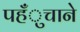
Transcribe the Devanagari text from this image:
पहँुचाने